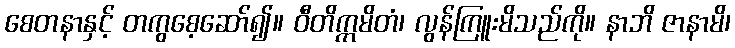
စေတနာနှင့် တကွစေ့ဆော်၍။ ဝီတိက္ကမိတံ၊ လွန်ကြူးမိသည်ကို။ နာဘိ ဇာနာမိ၊